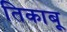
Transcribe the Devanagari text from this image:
तिकाबू